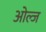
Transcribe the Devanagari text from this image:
ओल्ज